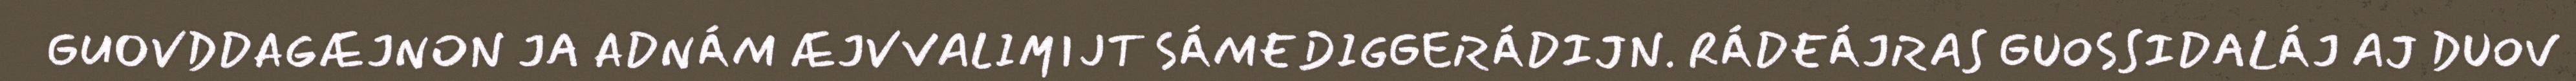
GUOVDDAGÆJNON JA ADNÁM ÆJVVALIMIJT SÁMEDIGGERÁDIJN. RÁDEÁJRAS GUOSSIDALÁJ AJ DUOV